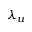
\lambda _ { u }